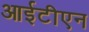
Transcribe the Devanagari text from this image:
आईटीएन